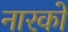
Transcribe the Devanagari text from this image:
नारको